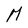
Character: M